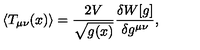
\langle T _ { \mu \nu } ( x ) \rangle = \frac { 2 V } { \sqrt { g ( x ) } } \frac { \delta W [ g ] } { \delta g ^ { \mu \nu } } ,